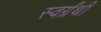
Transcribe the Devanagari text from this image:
स्वर्ग्रंथी